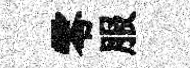
零服